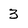
Character: 3